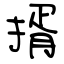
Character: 揟